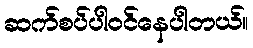
ဆက်စပ်ပါဝင်နေပါတယ်။